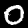
Label: 0